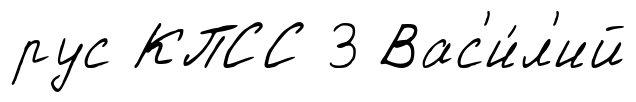
рус КПСС 3 Вас'и́л'ий